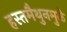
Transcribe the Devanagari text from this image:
हस्तमैथुनमुळे